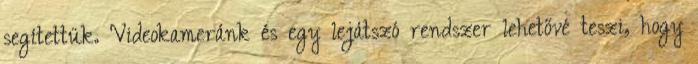
segítettük. Videokameránk és egy lejátszó rendszer lehetővé teszi, hogy